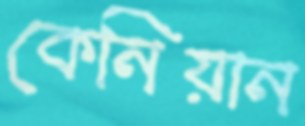
কেনিয়ান